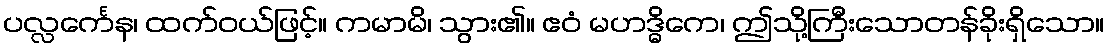
ပလ္လင်္ကေန၊ ထက်ဝယ်ဖြင့်။ ကမာမိ၊ သွား၏။ ဧဝံ မဟဒ္ဓိကေ၊ ဤသို့ကြီးသောတန်ခိုးရှိသော။